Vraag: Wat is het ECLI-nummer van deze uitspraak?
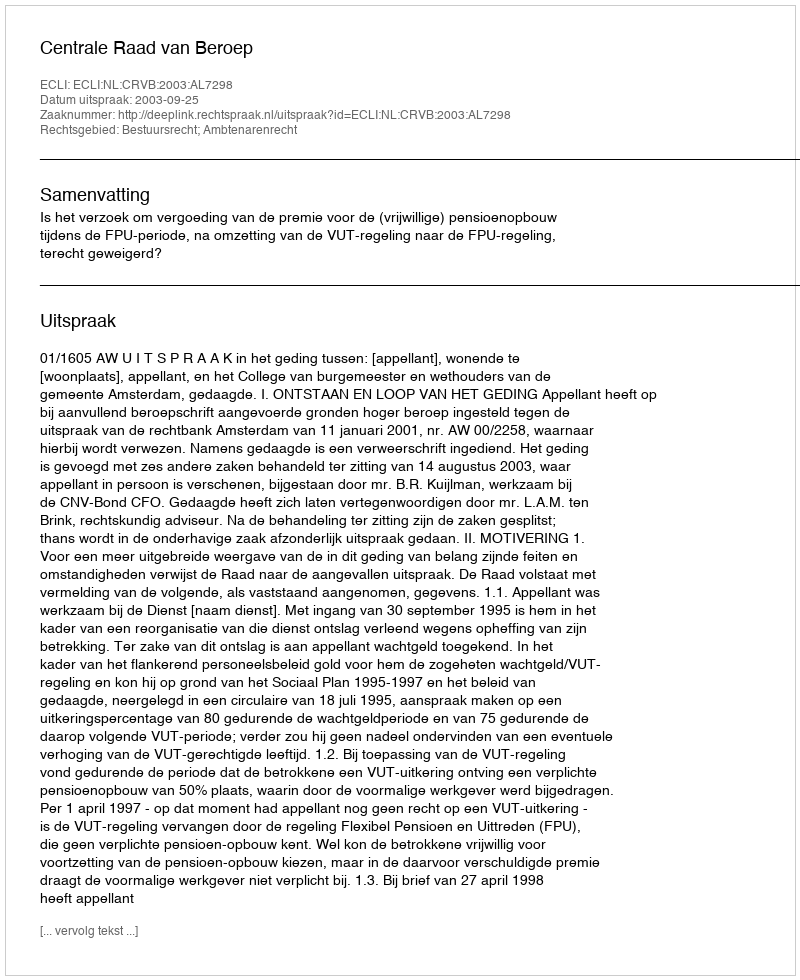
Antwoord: ECLI:NL:CRVB:2003:AL7298